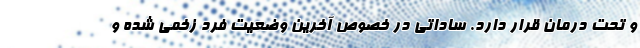
و تحت درمان قرار دارد. ساداتی در خصوص آخرین وضعیت فرد زخمی شده و